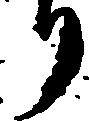
り